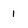
Character: 1